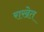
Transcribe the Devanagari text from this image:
राखेत